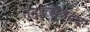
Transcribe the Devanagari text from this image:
तूतुकुडीजवळ